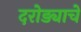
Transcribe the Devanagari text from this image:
दरोड्याचे